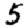
Digit: 5